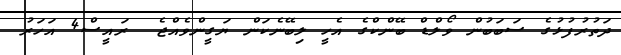
ދަތުރުފުޅުގެ ސަބަބުން ވޯލްޑް ބޭންކްގެ އެހީ ލިބޭނެކަން ޔަގީންވެއްޖެ  ރައީސް4 އަހަރު